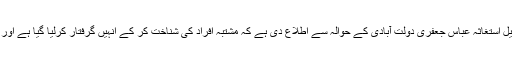
خبررساں ادارہ ’اثنی‘ نے تہران کے وکیل استغاثہ عباس جعفری دولت آبادی کے حوالہ سے اطلاع دی ہے کہ مشتبہ افراد کی شناخت کر کے انہیں گرفتار کرلیا گیا ہے اور مزید گرفتاریاں بھی عمل میں آئیں گی ۔